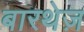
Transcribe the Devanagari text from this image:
बारथेज़